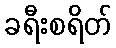
ခရီးစရိတ်